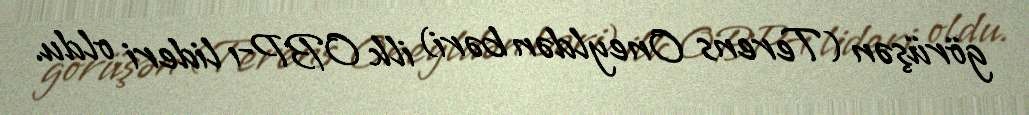
görüşən (Terens Oneyldən bəri) ilk OBP-ı lideri oldu.